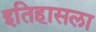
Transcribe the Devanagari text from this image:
इतिहासला